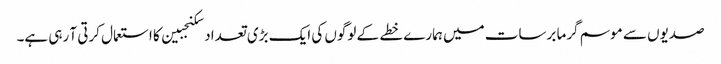
صدیوں سے موسم گرما برسات میں ہمارے خطے کے لوگوں کی ایک بڑی تعداد سکنجبین کا استعمال کرتی آ رہی ہے۔